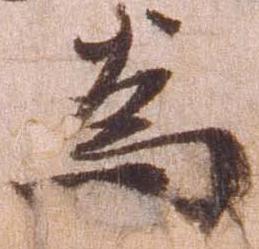
為